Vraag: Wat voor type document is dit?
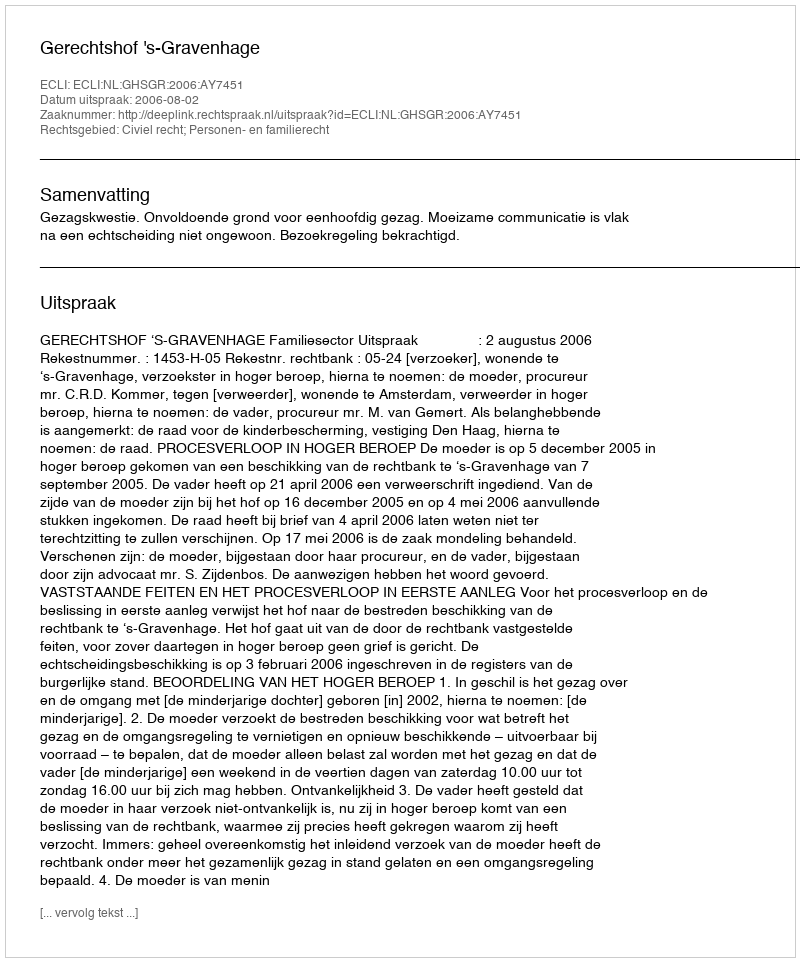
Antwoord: Uitspraak